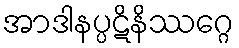
အာဒါနပ္ပဋိနိဿဂ္ဂေ